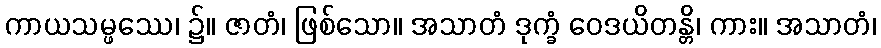
ကာယသမ္ဖဿေ၊ ၌။ ဇာတံ၊ ဖြစ်သော။ အသာတံ ဒုက္ခံ ဝေဒယိတန္တိ၊ ကား။ အသာတံ၊